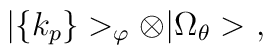
|\{k_p\}>_\varphi\otimes|\Omega_\theta>\ ,